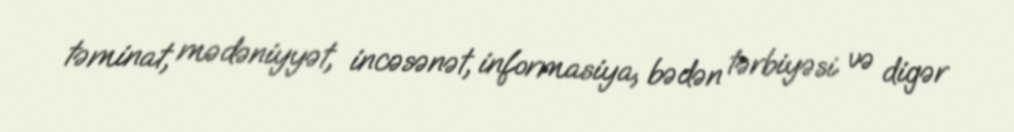
təminat, mədəniyyət, incəsənət, informasiya, bədən tərbiyəsi və digər